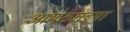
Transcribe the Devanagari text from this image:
आमट्यांच्या